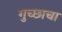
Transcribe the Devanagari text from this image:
गुच्छाचा